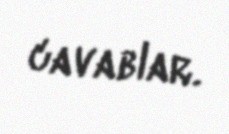
cavablar.